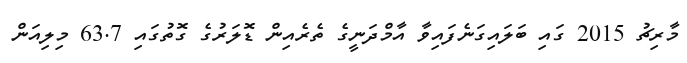
މާރިޗު 2015 ގައި ބަލައިގަނެފައިވާ އާމްދަނީގެ ތެރެއިން ޑޮލަރުގެ ގޮތުގައި 63.7 މިލިއަން